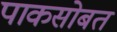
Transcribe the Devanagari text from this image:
पाकसोबत